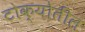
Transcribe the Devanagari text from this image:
टोक्योतील